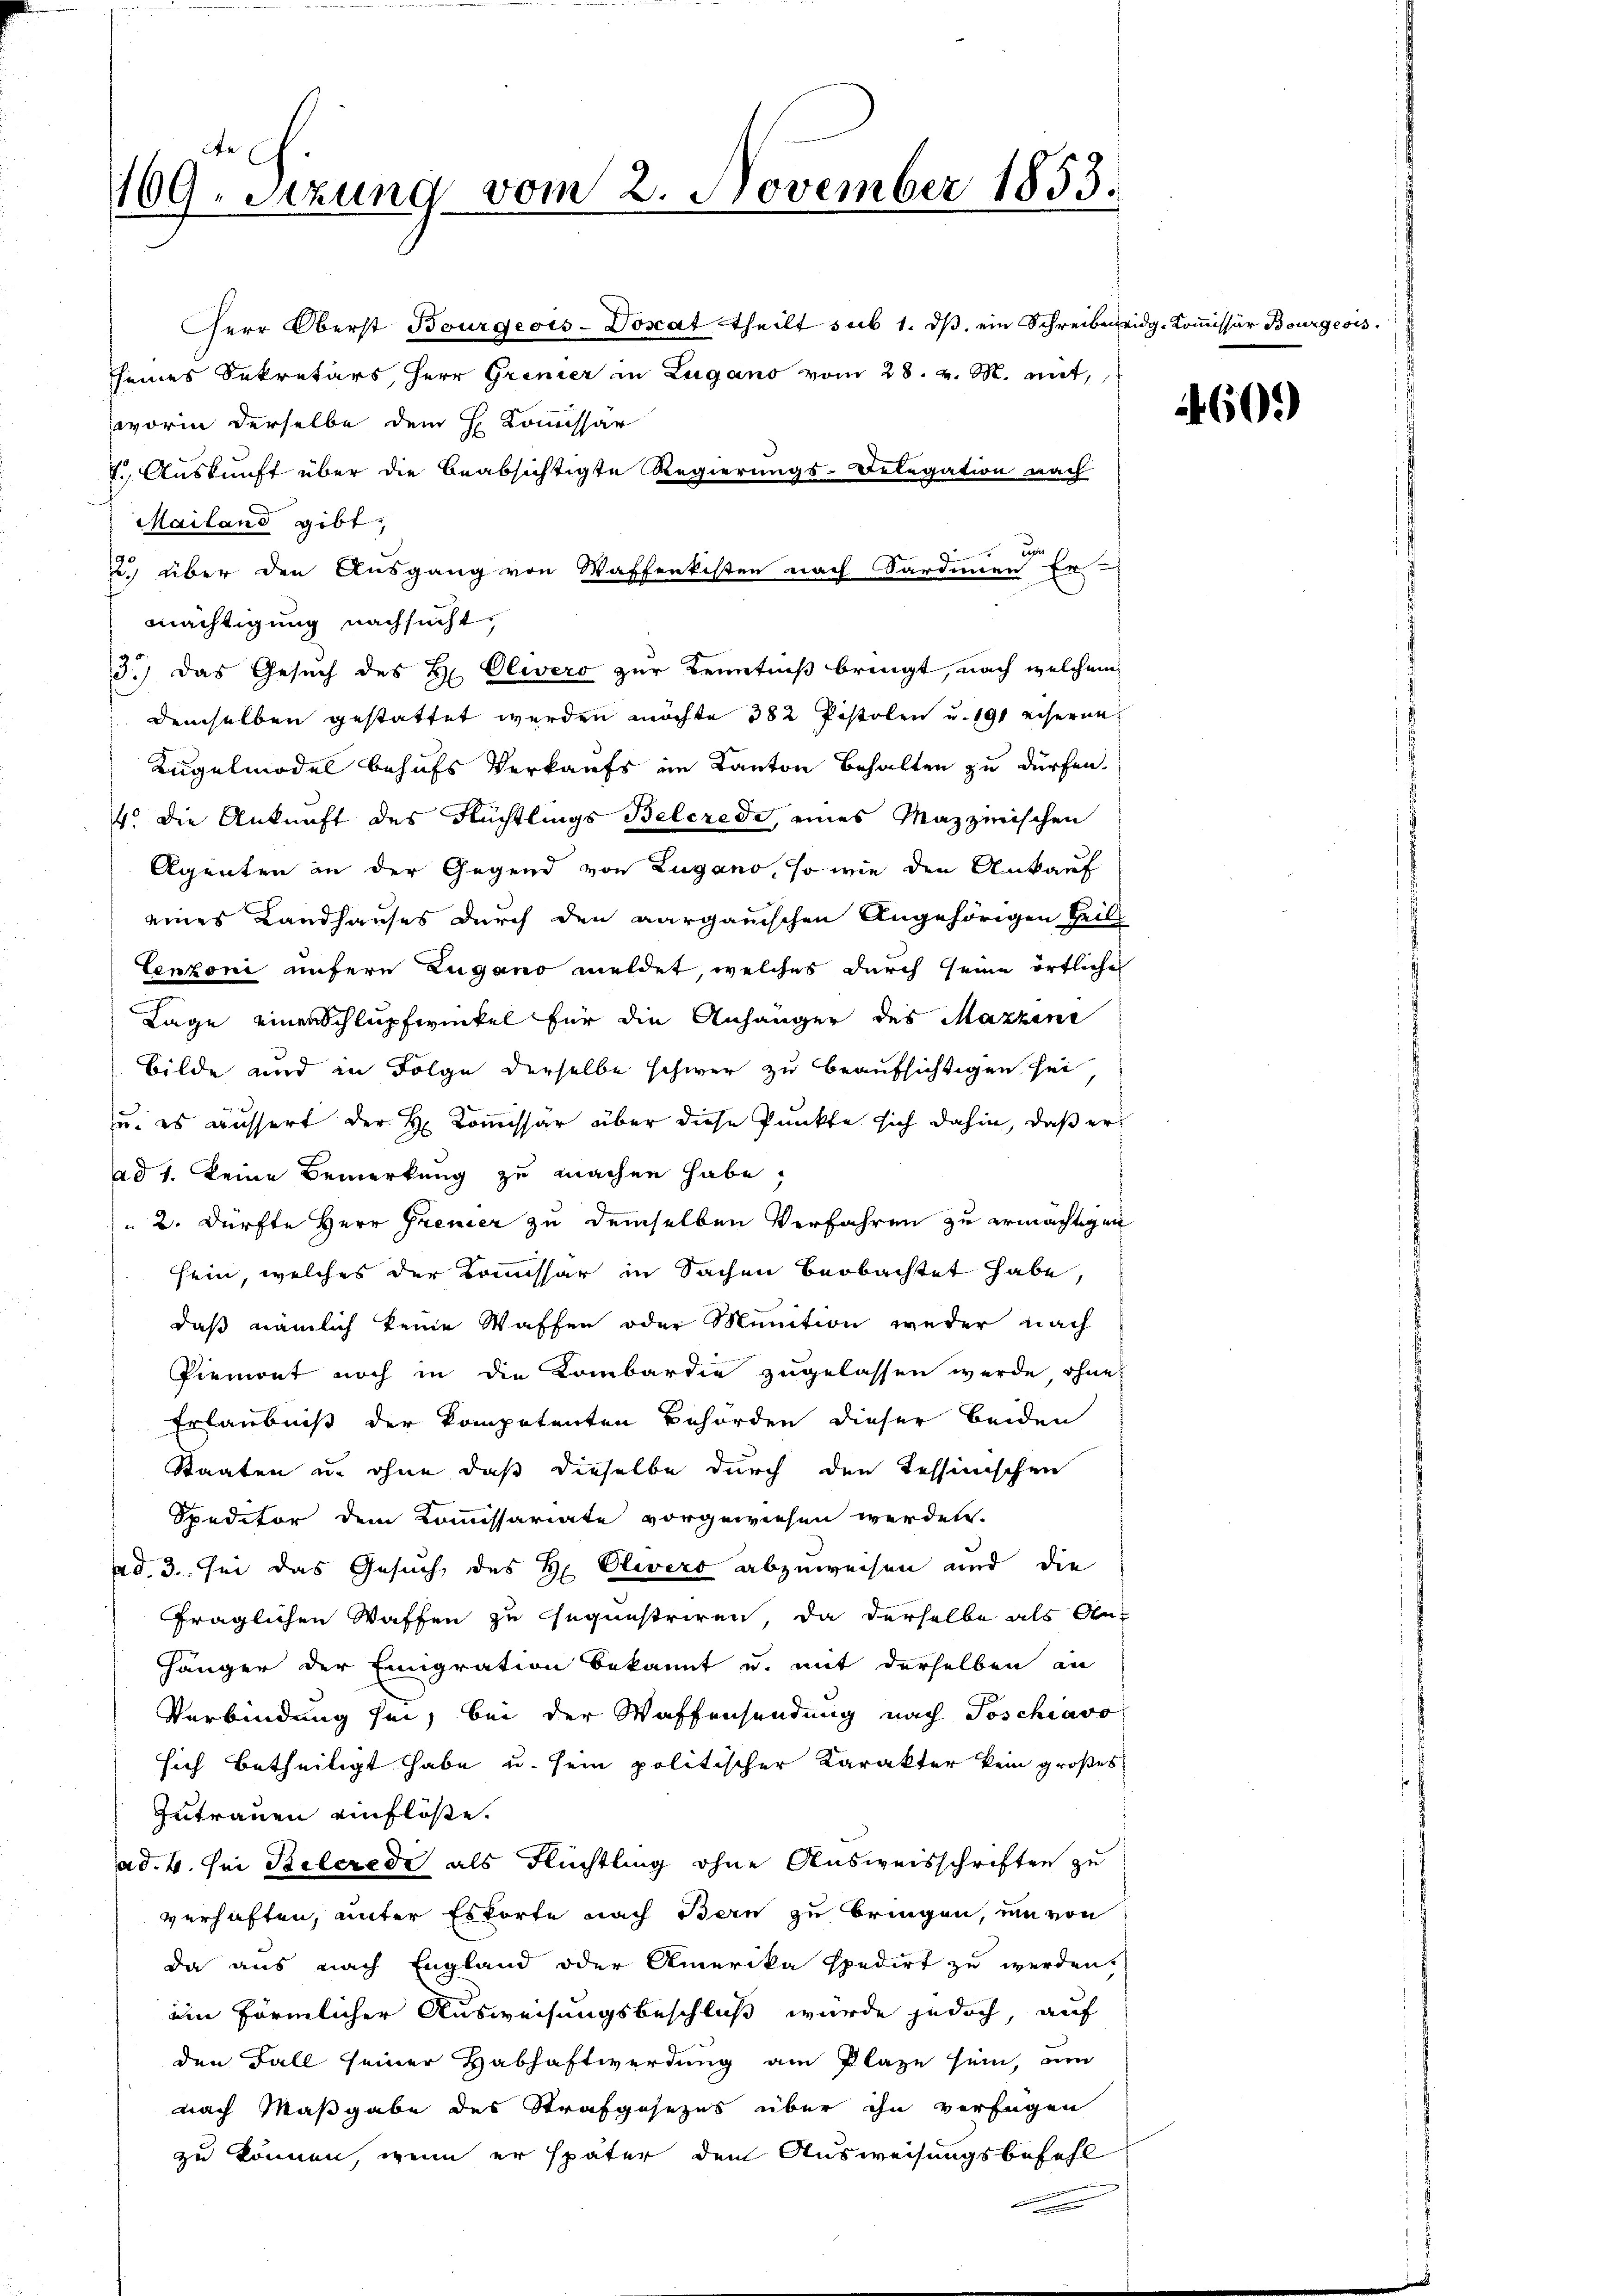
109. Sitzung vom 2. November 1853.

Herr Oberst Bourgeois-Dosat theilt sub 1. dβ. ein Schreiben eidg-Koṁissär Bourgeois.
seines Sekretärs, Herr Grenier in Lugano vom 28. v. M. mit,
worin derselbe dem H. Commissar
7. Auskunft über die beabsichtigte Regierungs-Belegation nach
Mailans gibt,
ue
2 über den Ausgang von Waffenkisten nach Sardinen Er
mächtigung nachsucht,
3.) Das Gesuch des Hr. Olwero zur Kenntniß bringt, nach welchem
demselben gestattet werden möchte 382 Pistolen u. 191 eiserne
Kugelmodel behufs Verkaufs im Kanton Behalten zu dürfen.
4. die Ankunft des Nüchtlings Belcredi, eines Mazzmischen
Agenten in der Gegend von Zugano, so wie den Ankauf
eines Landhauses durch den aargauischen Angehörigen Teil
Lenzoni unsern Zugano meldet, welches durch seine örtliche
Lage einen Schlupfwinkel für die Anhänger des Mazzine
Bilde und in Folge derselbe schwer zu beaufsichtigen sei
u. es äussert der H. Kommissär über diese Punkte sich dahin, daß erad 1. keine Bemerkung zu machen habe,
2. Dürfte Herr Greuer zu demselben Verfahren zu ermächtigen
sein, welches der Kommissar in Sachen beobachtet habe
daß nämlich keine Waffen oder Munition weder nach
Piemont noch in die Kombardie zugelassen werde ohne
Erlaubniß der kompetenten Behörden dieser beiden
Staaten u. ohne daß dieselbe durch den Tessinischen
Speditor dem Kommissariate vorgewiesen werden.
ad. 3. sei das Gesuch des H. Clevero abzuweisen und die
fraglichen Waffen zu sequestriren, da derselbe als An¬
Hänger der Emigration bekannt u. mit derselben an
Verbindung sei, bei der Waffensendung nach Soschiavo
sich betheiligt habe u. sein politischer Karakter kein großes
Zutrauen einflöße.
ad. 4. sei Belcrede als Flüchtling ohne Ausweisschriften zu
verhaften, unter Estorte nach Bern zu bringen, um von
da aus nach England oder Amerika spedirt zu werden.
ein förmlicher Ausweisungsbeschluß wurde jedoch, auf
den Fall seiner Habhaftwerdung am Plaze sein, um
nach Maßgabe des Strafgesezes über ihn verfügen
zu können, wenn er später dem Ausweisungsbefehl

609